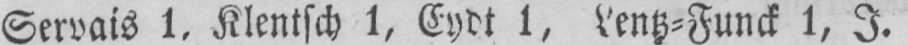
Servais 1. Klentsch 1, Eydt 1, Lentz⸗Funck 1, I.